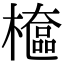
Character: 檶